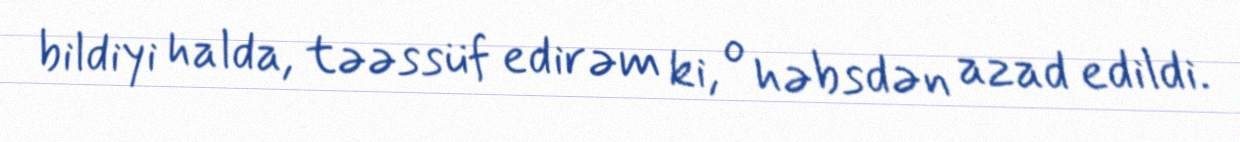
bildiyi halda, təəssüf edirəm ki, o həbsdən azad edildi.